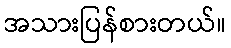
အသားပြန်စားတယ်။